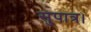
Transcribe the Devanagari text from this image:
सुपात्र।